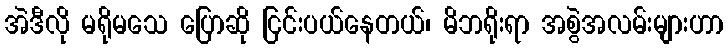
အဲဒီလို မရိုမသေ ပြောဆို ငြင်းပယ်နေတယ်၊ မိဘရိုးရာ အစွဲအလမ်းများဟာ